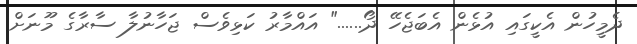
ދެމީހުން އެކީގައި އުޅެން އެބަޖެހޭ ދޯ......" އައްމާރު ކަޅިވެސް ޖަހާނުލާ ސާރާގެ މޫނަށް